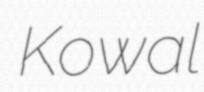
Kowal